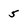
Character: 5